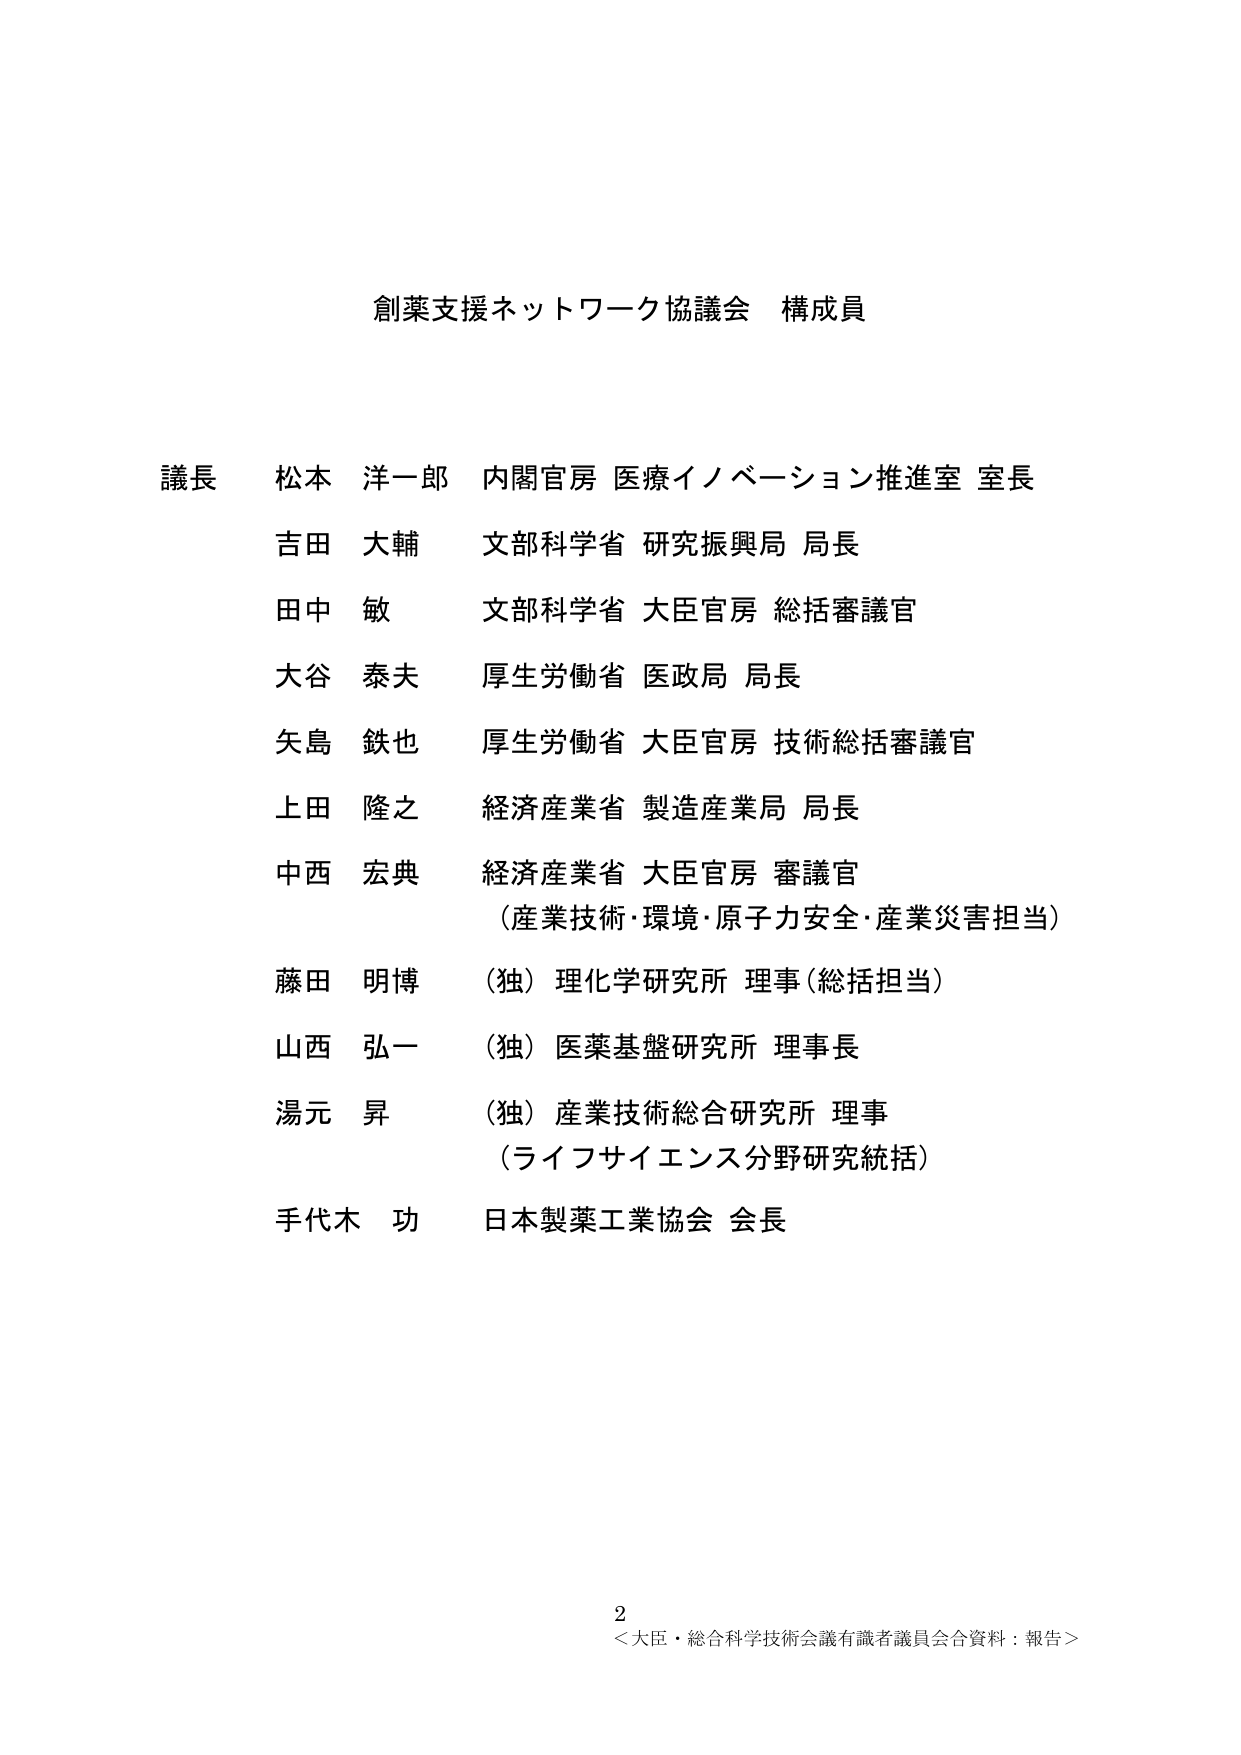
創薬支援ネットワーク協議会 構成員

議長 松本 洋一郎 内閣官房 医療イノベーション推進室 室長
吉田 大輔 文部科学省 研究振興局 局長
田中 敏 文部科学省 大臣官房 総括審議官
大谷 泰夫 厚生労働省 医政局 局長
矢島 鉄也 厚生労働省 大臣官房 技術総括審議官
上田 隆之 経済産業省 製造産業局 局長
中西 宏典 経済産業省 大臣官房 審議官
（産業技術・環境・原子力安全・産業災害担当）
藤田 明博 （独）理化学研究所 理事（総括担当）
山西 弘一 （独）医薬基盤研究所 理事長
湯元 昇 （独）産業技術総合研究所 理事
（ライフサイエンス分野研究統括）
手代木 功 日本製薬工業協会 会長

2
＜大臣・総合科学技術会議有識者議員会合資料：報告＞